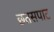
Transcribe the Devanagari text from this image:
छतसपाट